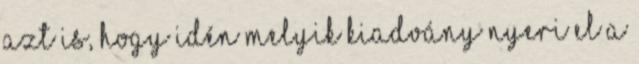
azt is, hogy idén melyik kiadvány nyeri el a